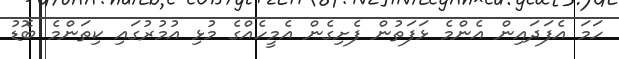
ހަމަ އެފަދައިން އެންމެ ޅަފަތުން ފެށިގެން އެމީހެއްގެ މުޅި އުމުރުގައި ކިތަންމެ ބޮޑު